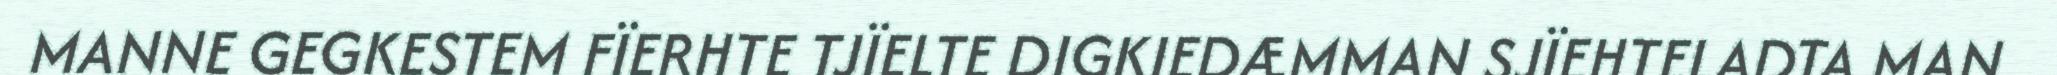
MANNE GEGKESTEM FÏERHTE TJÏELTE DIGKIEDÆMMAN SJÏEHTELADTA MAN